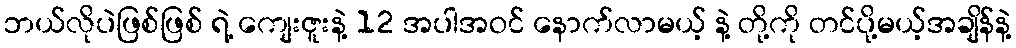
ဘယ်လိုပဲဖြစ်ဖြစ် ရဲ့ ကျေးဇူးနဲ့ 12 အပါအဝင် နောက်လာမယ့် နဲ့ တို့ကို တင်ပို့မယ့်အချိန်နဲ့